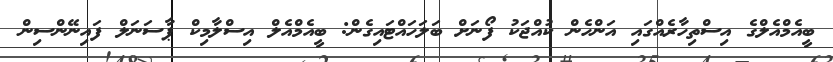
ބީއެމްއެލްގެ އިސްތިހާރެއްގައި އަންހެން ކުއްޖަކު ފޯނަށް ބަލަހައްޓައިގެން: ބީއެމްއެލް އިސްލާމިކް ޕާސަނަލް ފައިނޭންސިން